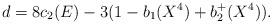
LaTeX: \begin{align*}d=8c_2(E)-3(1-b_1(X^4)+b_2^+(X^4)).\end{align*}